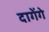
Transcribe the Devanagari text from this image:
दागेंगे